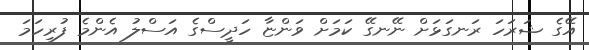
އޭގެ ޝަރަހަ ރަނގަޅަށް ނޭނގޭ ކަމަށް ވަންޏާ ހަދީސްގެ އަސްލު އެންމެ ފުރިހަމަ